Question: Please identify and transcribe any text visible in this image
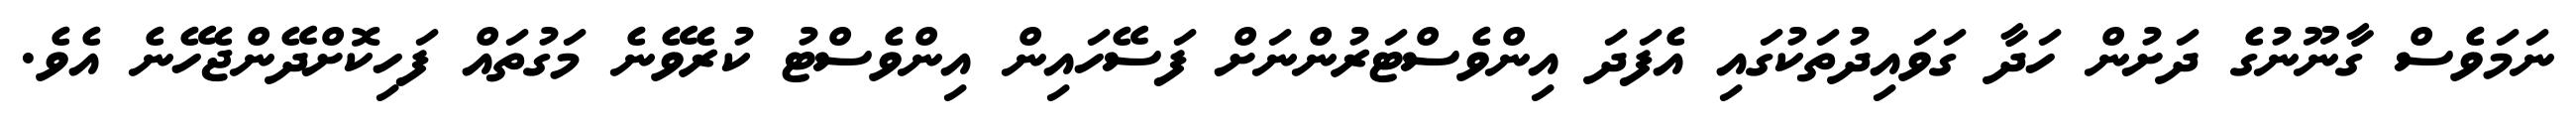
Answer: ނަމަވެސް ގާނޫނުގެ ދަށުން ހަދާ ގަވައިދުތަކުގައި އެފަދަ އިންވެސްޓަރުންނަށް ފަސޭހައިން އިންވެސްޓު ކުރެވޭނެ މަގުތައް ފަހިކޮށްދޭންޖެހޭނެ އެވެ.